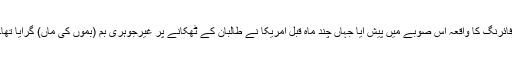
فائرنگ کا واقعہ اس صوبے میں پیش آیا جہاں چند ماہ قبل امریکا نے طالبان کے ٹھکانے پر غیرجوہری بم (بموں کی ماں) گرایا تھا۔